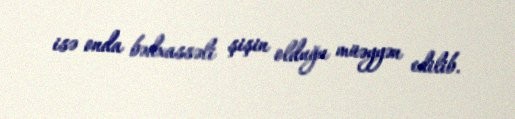
isə onda bədxassəli şişin olduğu müəyyən edilib.